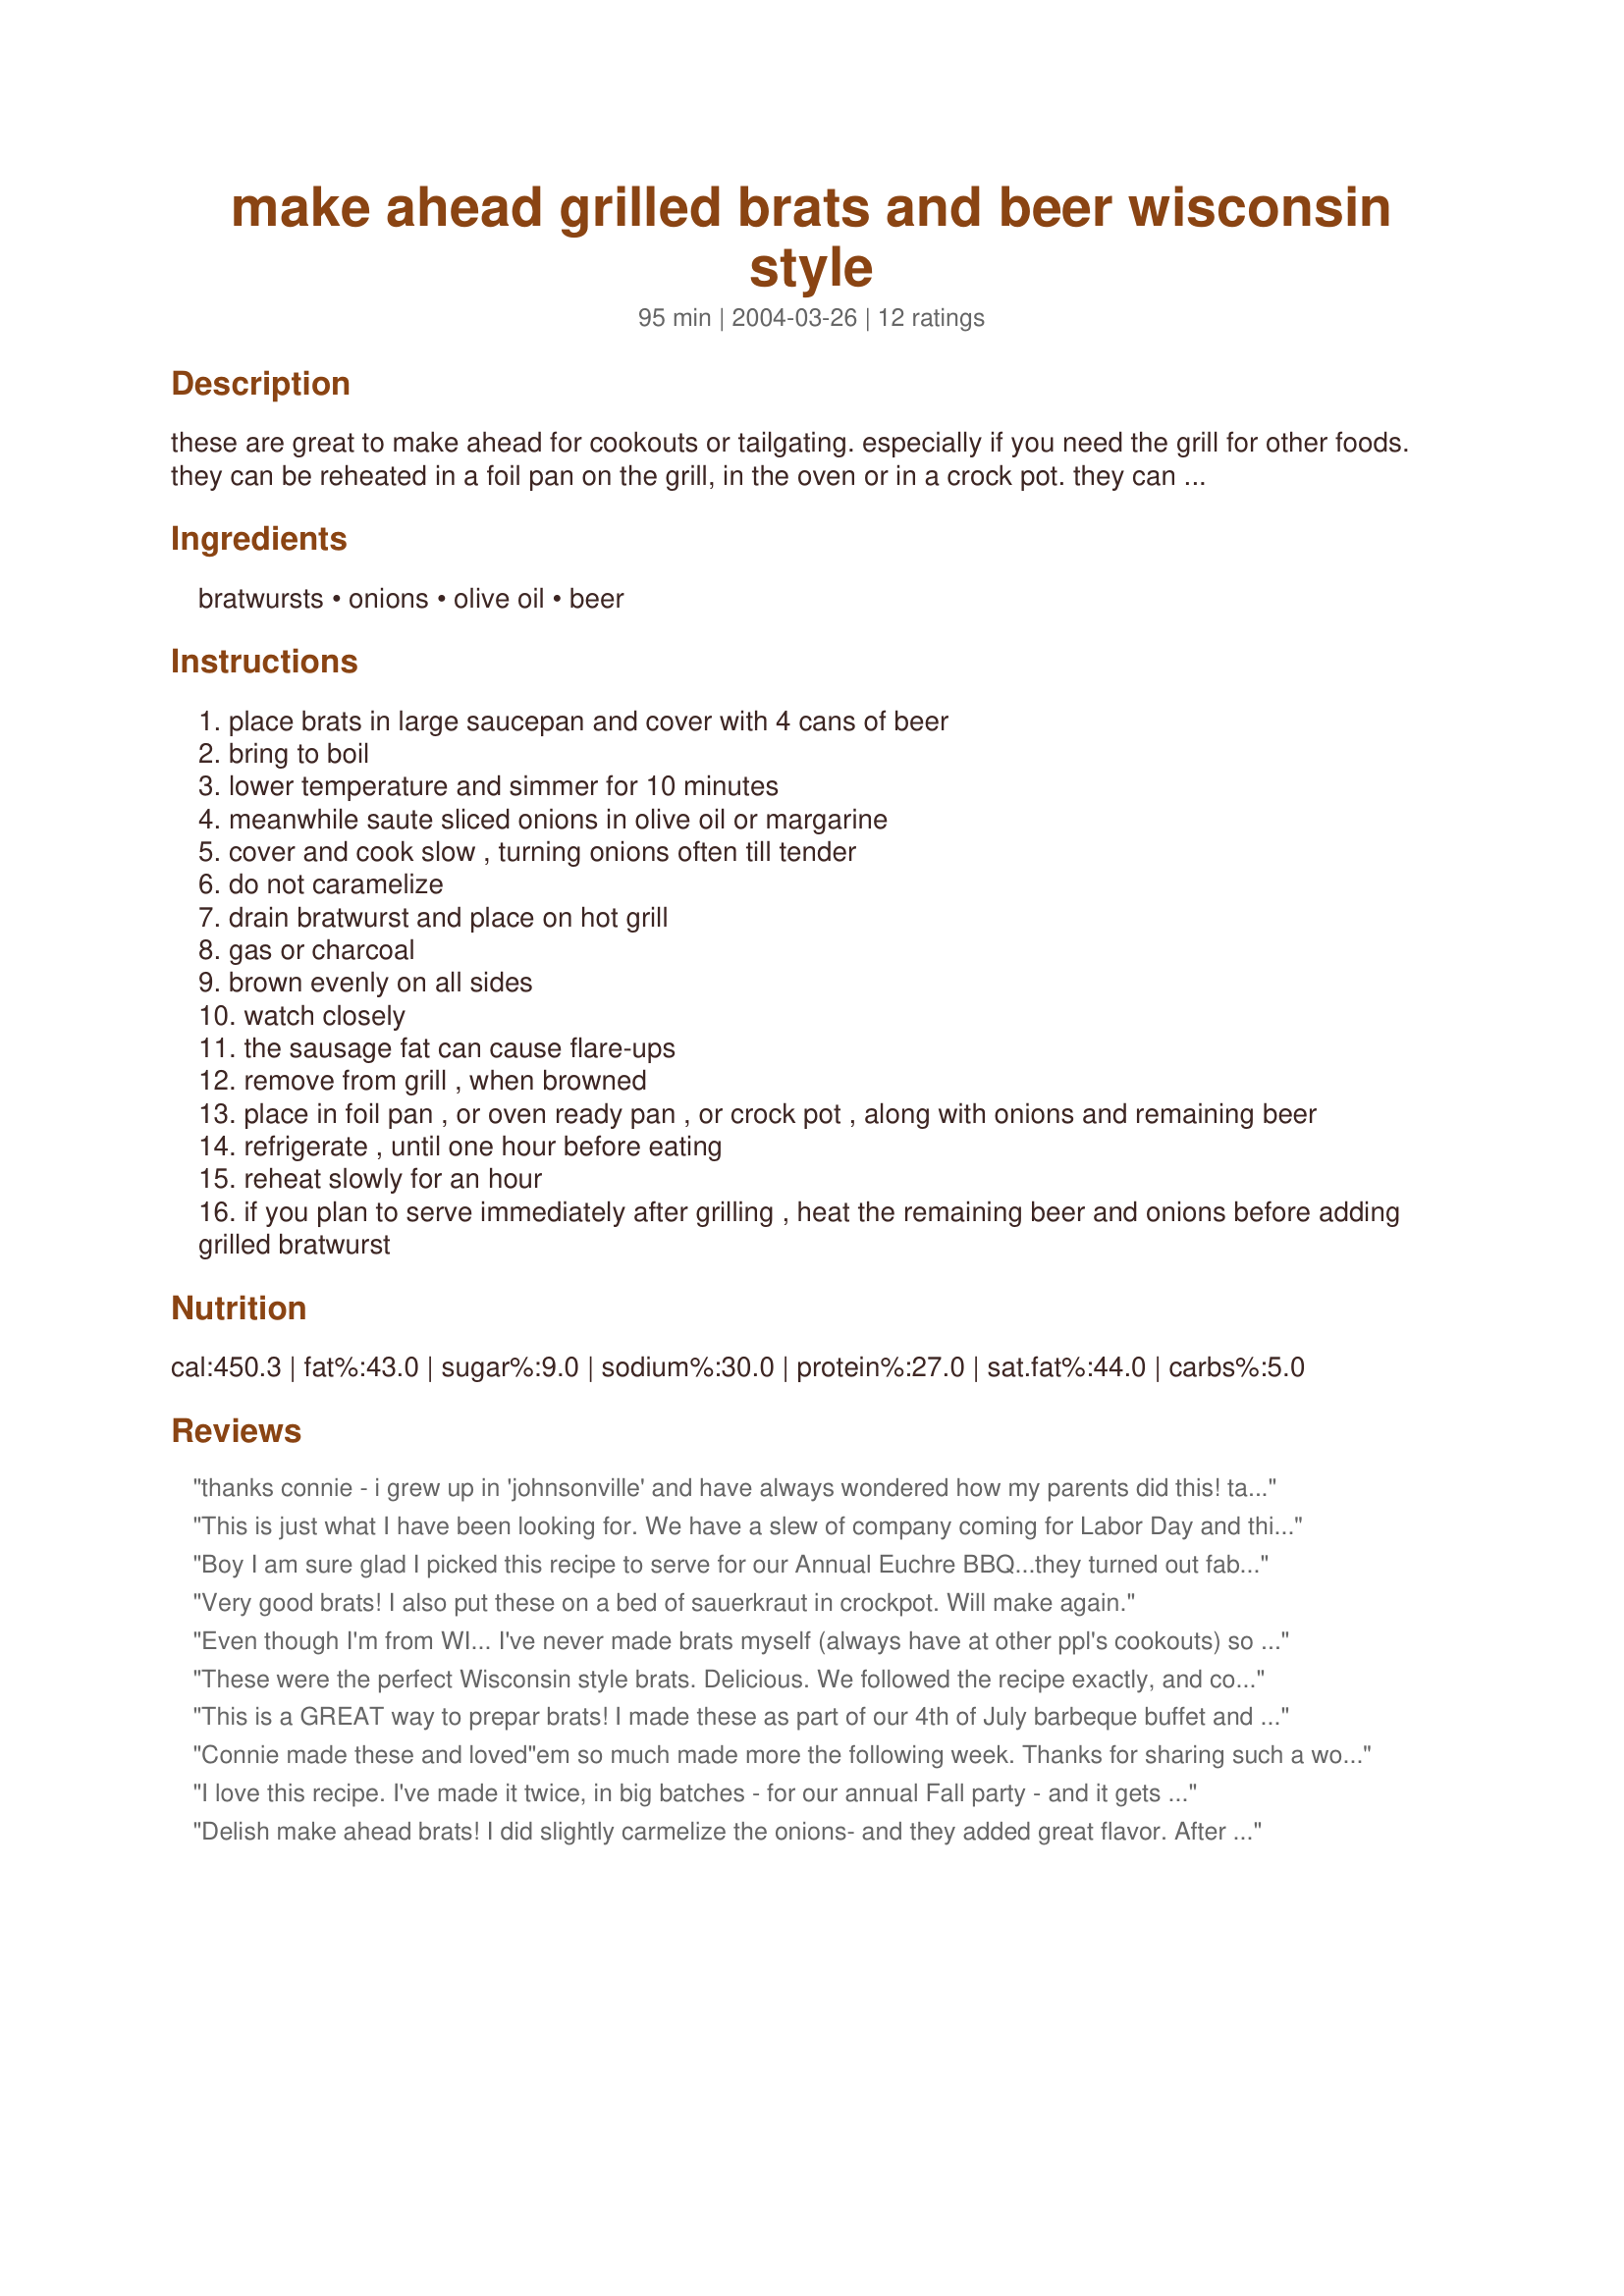
make ahead grilled brats and beer wisconsin style
Preparation time: 95 minutes

these are great to make ahead for cookouts or tailgating. especially if you need the grill for other foods. they can be reheated in a foil pan on the grill, in the oven or in a crock pot. they can be made a day ahead, the morning of, or served right away. you need fresh bratwurst for this, not the smoked or white colored sausage. we've already made 100 of these ahead for large groups.

Ingredients:
bratwursts, onions, olive oil, beer

Steps:
place brats in large saucepan and cover with 4 cans of beer
bring to boil
lower temperature and simmer for 10 minutes
meanwhile saute sliced onions in olive oil or margarine
cover and cook slow , turning onions often till tender
do not caramelize
drain bratwurst and place on hot grill
gas or charcoal
brown evenly on all sides
watch closely
the sausage fat can cause flare-ups
remove from grill , when browned
place in foil pan , or oven ready pan , or crock pot , along with onions and remaining beer
refrigerate , until one hour before eating
reheat slowly for an hour
if you plan to serve immediately after grilling , heat the remaining beer and onions before adding grilled bratwurst

Reviews:
thanks connie - i grew up in 'johnsonville' and have always wondered how my parents did this! tastes just like i remember!
This is just what I have been looking for. We have a slew of company coming for Labor Day and this should keep the whole gang happy. Thank you for the tip.
Boy I am sure glad I picked this recipe to serve for our Annual Euchre BBQ...they turned out fabulous and it started raining and did not have to worry....got many compliments on the brats..
Very good brats! I also put these on a bed of sauerkraut in crockpot. Will make again.
Even though I'm from WI... I've never made brats myself (always have at other ppl's cookouts) so I searched and found yours! This is soooo good! I'll be making this again and again all season long!
These were the perfect Wisconsin style brats. Delicious. We followed the recipe exactly, and cooked them slowly over indirect heat on a charcoal grill (coals in the middle/brats around the edges) to help prevent the casings from bursting, and to give them a great smoky flavor. We served with German potato salad and sourkraut. A yummy Memorial Day meal.
This is a GREAT way to prepar brats! I made these as part of our 4th of July barbeque buffet and everyone loved them. The beer gives the brats a wonderful flavor and onion-loving DH was in onion heaven! :) I especially like the fact that these can be made ahead of time- more time to mingle with friends. Thanks for posting this, Connie- it's a winner!
Connie made these and loved"em
so much made more the following week. Thanks for sharing such a wonderfull receipe. I love football, this will be one of my favorites for next season...
GO Florida Gators & Georgia Southern... hehe
I love this recipe. I've made it twice, in big batches - for our annual Fall party - and it gets rave reviews and requests for the recipe. Being able to make the brats the day before and re-heat in the beer and onions is a great option and time-saver, and the brats just get better and better the longer they are in the beer bath. Thanks!
Delish make ahead brats! I did slightly carmelize the onions- and they added great flavor. After grilling, I put the brats, onions, and 1 bottle of beer in the crock pot on warm and they held nicely for the party. Thanks!
I would give this recipe more stars if I could. I made it for Super Bowl Sunday, with the only change being that I put the brats and onions on a bed of sauerkraut before adding the last can of beer and simmered in the crockpots all afternoon. I was told by several people at the party that they were the best brats they had ever eaten. This is definetly a keeper in my book. Thanks!
My husband made these and we really liked them! We ate them for several days as we had leftovers. Thanks!
